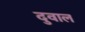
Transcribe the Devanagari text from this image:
दुवाल